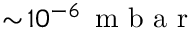
\sim \! 1 0 ^ { - 6 } \, \mathrm { ~ m ~ b ~ a ~ r ~ }